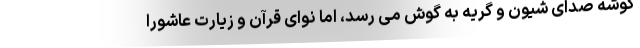
گوشه صدای شیون و گریه به گوش می رسد، اما نوای قرآن و زیارت عاشورا